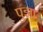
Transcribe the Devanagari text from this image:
पुझा